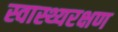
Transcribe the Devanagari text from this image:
स्वास्थ्यरक्षण